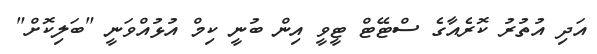
އަދި އުތުރު ކޮރެއާގެ ސްޓޭޓް ޓީވީ އިން ބުނީ ކިމް އުޅުއްވަނީ "ބަލިކޮށް"